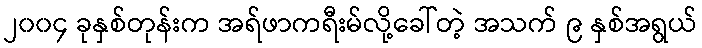
၂၀၀၄ ခုနှစ်တုန်းက အရ်ဖာကရီးမ်လို့ခေါ်တဲ့ အသက် ၉ နှစ်အရွယ်